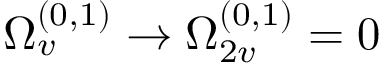
\Omega _ { v } ^ { ( 0 , 1 ) } \rightarrow \Omega _ { 2 v } ^ { ( 0 , 1 ) } = 0